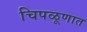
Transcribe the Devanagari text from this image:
चिपळूणात